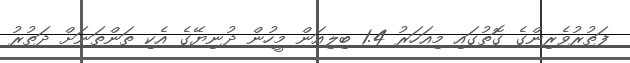
ފަތުރުވެރިންގެ ގޮތުގައި މިއަހަރު 1.4 ބިލިއަން މީހުން ދުނިޔޭގެ އެކި ތަންތަނަށް ދަތުރު